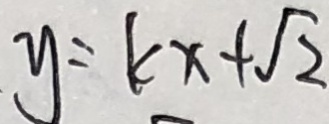
y = k x + \sqrt { 2 }